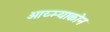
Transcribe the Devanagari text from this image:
ओय्म्याकोन